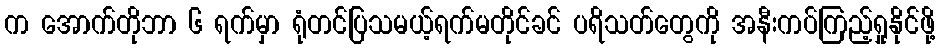
က အောက်တိုဘာ ၆ ရက်မှာ ရုံတင်ပြသမယ့်ရက်မတိုင်ခင် ပရိသတ်တွေကို အနီးကပ်ကြည့်ရှုနိုင်ဖို့